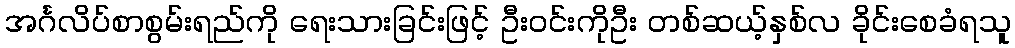
အင်္ဂလိပ်စာစွမ်းရည်ကို ရေးသားခြင်းဖြင့် ဦးဝင်းကိုဦး တစ်ဆယ့်နှစ်လ ခိုင်းစေခံရသူ